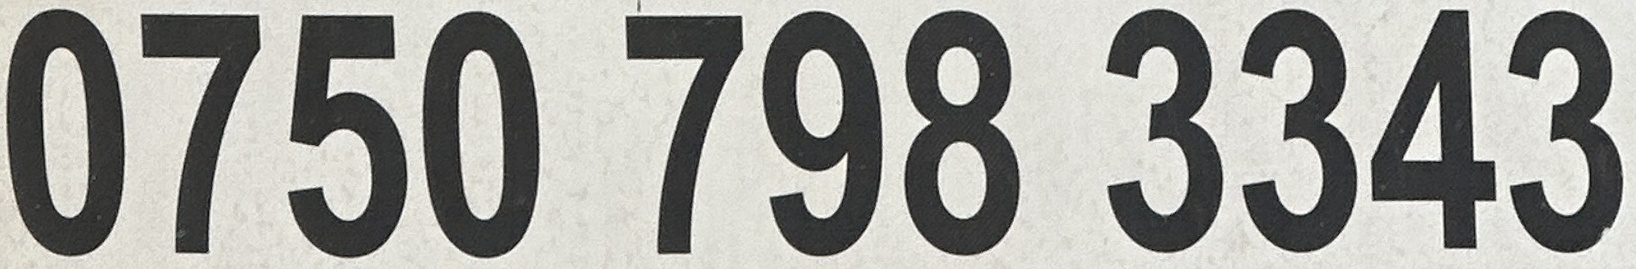
0750 798 3343